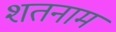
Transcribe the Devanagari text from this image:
शतनाम